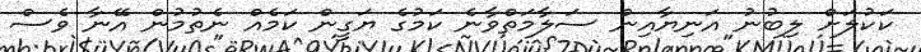
ކަކުލަށް ލިބުނު އަނިޔާއިން ސަލާމަތްވާނެ ކަމުގެ ޔަގީން ކަމެއް ނެތުމުން އޭނާ ވެސް